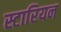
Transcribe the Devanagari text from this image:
स्टारियन